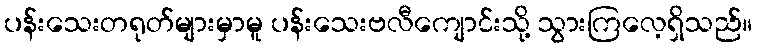
ပန်းသေးတရုတ်များမှာမူ ပန်းသေးဗလီကျောင်းသို့ သွားကြလေ့ရှိသည်။